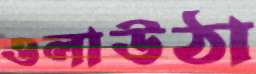
ওলাউঠা